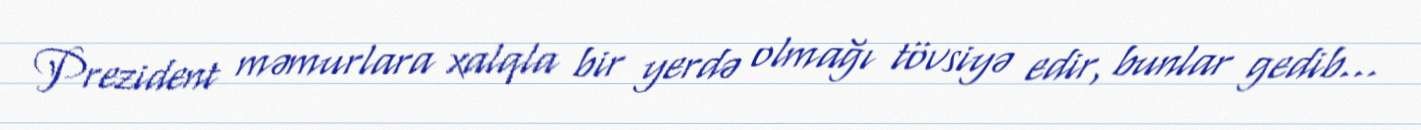
Prezident məmurlara xalqla bir yerdə olmağı tövsiyə edir, bunlar gedib...